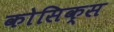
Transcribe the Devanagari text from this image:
कोसिक्स